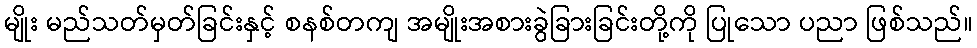
မျိုး မည်သတ်မှတ်ခြင်းနှင့် စနစ်တကျ အမျိုးအစားခွဲခြားခြင်းတို့ကို ပြုသော ပညာ ဖြစ်သည်။